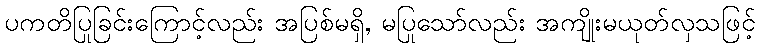
ပကတိပြုခြင်းကြောင့်လည်း အပြစ်မရှိ, မပြုသော်လည်း အကျိုးမယုတ်လှသဖြင့်